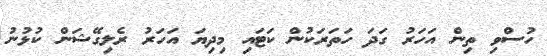
ހުސްވި ތިން އަހަރު ގަދަ ހަތަރަކުން ކަޓައި މިދިޔަ އަހަރު ރެލިގޭޝަން ކުޅުނު